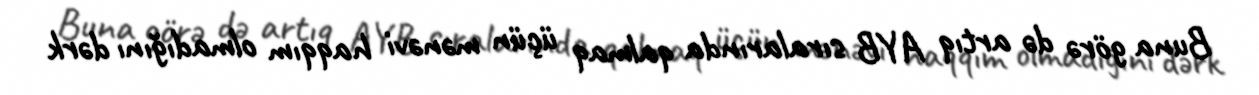
Buna görə də artıq AYB sıralarında qalmaq üçün mənəvi haqqım olmadığını dərk